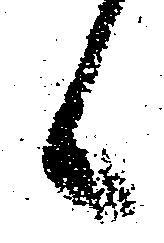
候